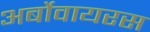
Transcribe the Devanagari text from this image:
अर्बोवायरस